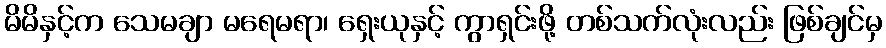
မိမိနှင့်က သေမချာ မရေမရာ၊ ရှေးယုနှင့် ကွာရှင်းဖို့ တစ်သက်လုံးလည်း ဖြစ်ချင်မှ